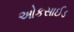
ઓકસાઈડ